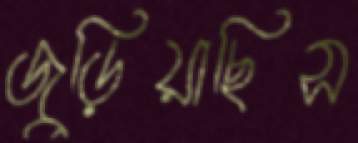
জুড়িয়াছিস